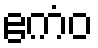
ဧကံဝ